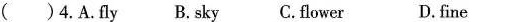
()4.A.fly B. sky C.flower D.fine